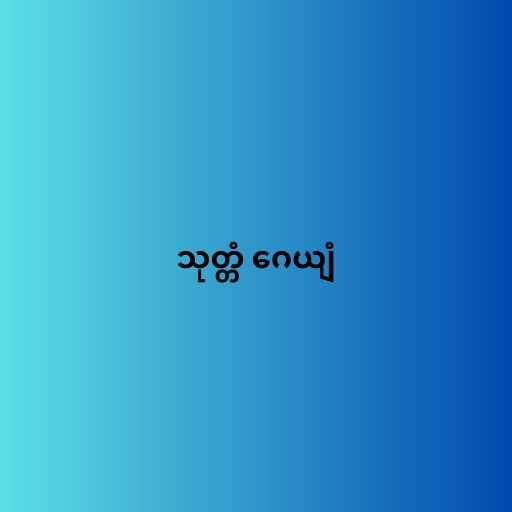
သုတ္တံ ဂေယျံ